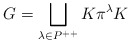
\begin{align*}G = \bigsqcup_{\lambda \in P^{++}} K \pi^\lambda K\end{align*}